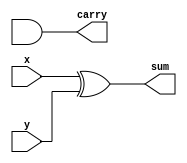
//To design half adder using verilog HDL
module halfAdder(x,y,sum,carry);
  input x,y;
  output sum,carry;
  xor(sum,x,y);
  and(carry,a,b);
endmodule